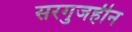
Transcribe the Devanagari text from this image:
सरगुजहीन